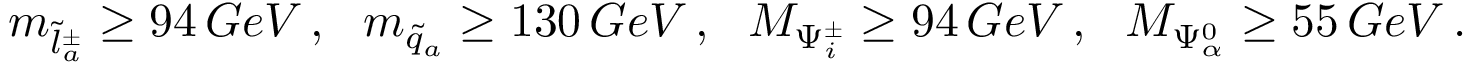
m _ { \tilde { l } _ { a } ^ { \pm } } \geq 9 4 \, G e V \, , \ \ m _ { \tilde { q } _ { a } } \geq 1 3 0 \, G e V \, , \ \ M _ { \Psi _ { i } ^ { \pm } } \geq 9 4 \, G e V \, , \ \ M _ { \Psi _ { \alpha } ^ { 0 } } \geq 5 5 \, G e V \, .